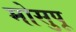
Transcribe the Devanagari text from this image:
मोसुपू